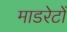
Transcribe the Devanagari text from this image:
माडरेटों